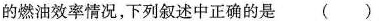
的燃油效率情况，下列叙述中正确的是(